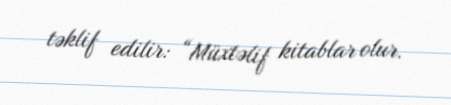
təklif edilir: “Müxtəlif kitablar olur.